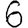
Digit: 6